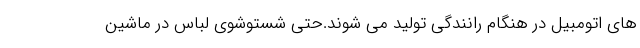
های اتومبیل در هنگام رانندگی تولید می شوند.حتی شستوشوی لباس در ماشین